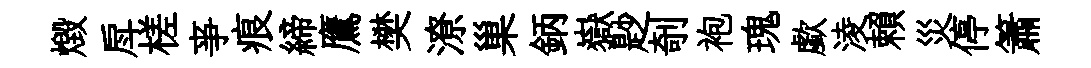
燬戽槎亊痕締鷹樊潦巢鈵嶽尟剞袍瑰歔淩賴災停簫